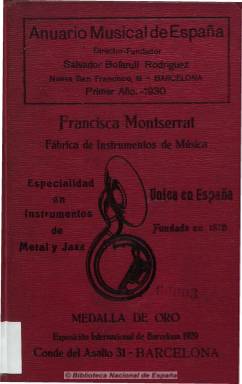
Título: Anuario musical de España
Colección: Guías y directorios || Música
Ámbito geográfico: Barcelona
Lugar de publicación: Barcelona
Fechas: 01/01/1930-31/12/1930

Fundado y dirigido por Salvador Bofarull Rodríguez y editado por Boileau, es una completa relación, clasificada por las provincias de España y también de sus posesiones africanas, del profesorado musical, artistas líricos, de conjuntos y asociaciones y corporaciones musicales, directores de academias, maestros de orquestas, bandas, capillas, compositores y organistas, así como de fábricas y almacenes de instrumentos musicales, etc. También incluye una relación de las fiestas que se celebran en toda Cataluña. Está dirigido a las empresas de espectáculos, de teatro, cines, hoteles, restaurantes, balnearios, cafés, sociedades culturales, políticas y recreativas, de las que también ofrece una relación provincial. Incluye publicidad sobre este sector y otra variada.